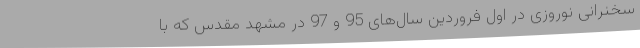
سخنرانی نوروزی در اول فروردین سال‌های 95 و 97 در مشهد مقدس که با